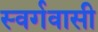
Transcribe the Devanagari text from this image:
स्‍वर्गवासी